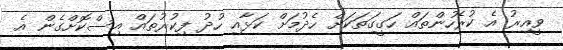
ވީއިރު އެ ކުރެހުންތައް ހަގީގަތަކަށް ހެދުމަށް ކަޅާއި ހުދު ފިކުރުތައް އިސްކޮށްގެން އެ